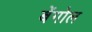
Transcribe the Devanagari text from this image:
बेंगोल